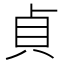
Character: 貞